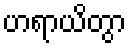
ဟရာယိတွာ